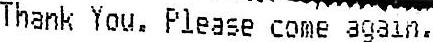
THANK YOU. PLEASE COME AGAIN.